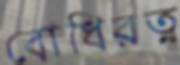
বোধিরত্ন